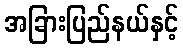
အခြားပြည်နယ်နှင့်